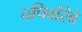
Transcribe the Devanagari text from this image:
चपिबरिबे